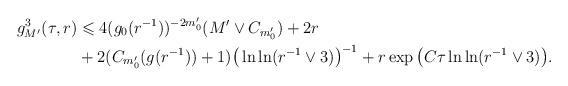
LaTeX: \begin{align*} g_{M'}^3(\tau,r) &\leqslant 4(g_0(r^{-1}))^{-2m'_0}(M'\vee C_{m'_0})+2r \\ &+2(C_{m'_0}(g(r^{-1}))+1) \big(\ln\ln(r^{-1}\vee 3)\big)^{-1} +r\exp\big(C\tau\ln\ln (r^{-1}\vee3)\big). \end{align*}